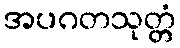
အပဂတသုတ္တံ